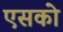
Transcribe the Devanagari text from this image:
एसको